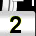
Digit: 2